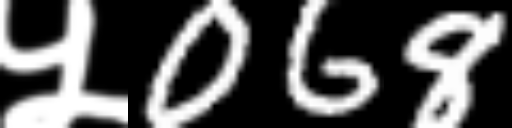
Text: ५068